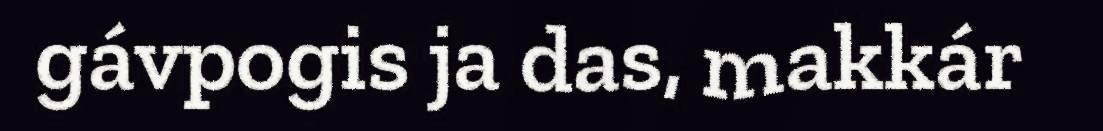
gávpogis ja das, makkár